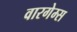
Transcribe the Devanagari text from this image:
वारगेम्स